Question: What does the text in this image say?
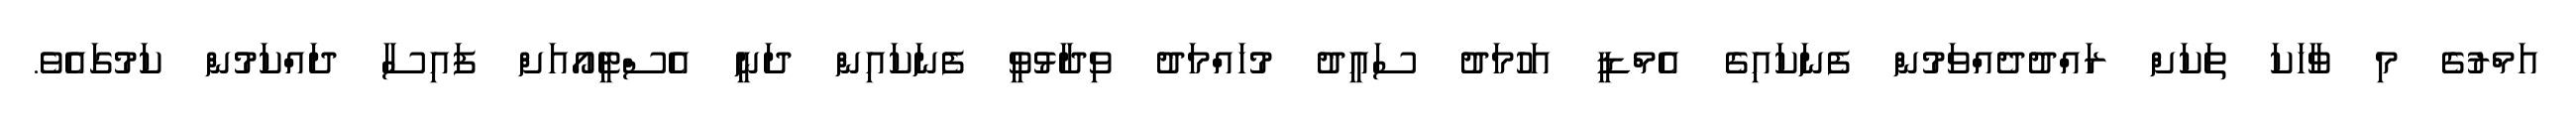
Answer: އަމްރުގެ މި ވާހަކަ ތަކަށް ރައްދުދެއްވަމުން ފެނަކައިގެ އެމްޑީ އަހުމަދު ސައީދު މުހައްމަދު ވިދާޅުވީ ފެނަކައިން ދަނީ އެސްޓީއޯއަށް ފައިސާ ދައްކަމުން ކަމުގައެވެ.